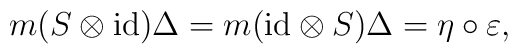
m (S \otimes {\rm id}) \Delta = m ({\rm id} \otimes S) \Delta=     \eta \circ \varepsilon,